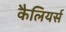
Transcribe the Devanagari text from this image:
कैलियर्स